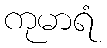
ကုမာရံ